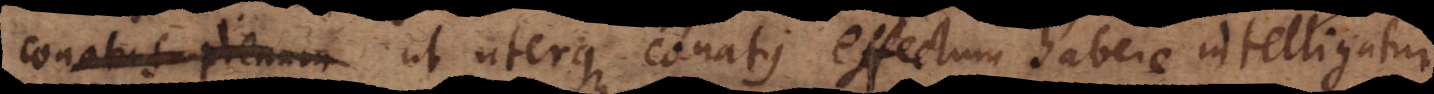
conatus plenum ut uterque conatus effectum habere intelligatur